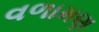
વળામણ